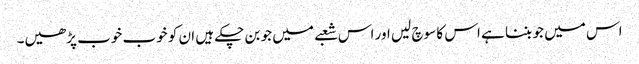
اس میں جو بننا ہے اس کا سوچ لیں اور اس شعبے میں جو بن چکے ہیں ان کو خوب خوب پڑھیں۔